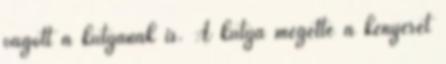
vágott a kutyának is. A kutya megette a kenyeret